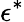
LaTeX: \epsilon^{*}